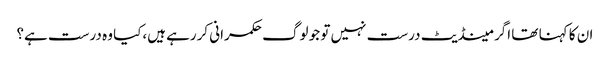
ان کا کہنا تھا اگر مینڈیٹ درست نہیں تو جو لوگ حکمرانی کررہے ہیں،کیا وہ درست ہے؟